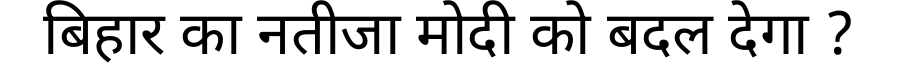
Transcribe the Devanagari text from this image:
बिहार का नतीजा मोदी को बदल देगा ?